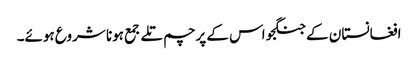
افغانستان کے جنگجو اس کے پرچم تلے جمع ہونا شروع ہوئے۔